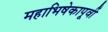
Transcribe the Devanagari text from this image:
महाभिषेकापूर्वी